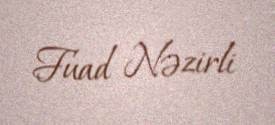
Fuad Nəzirli